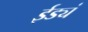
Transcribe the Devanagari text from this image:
ईड्यं